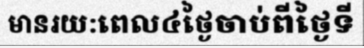
មានរយ:ពេល៤ថ្ងៃចាប់ពីថ្ងៃទី